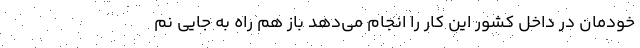
خودمان در داخل کشور این کار را انجام می‌دهد باز هم راه به جایی نم